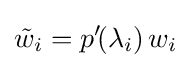
{\tilde {w}}_{i}=p'\!(\lambda _{i})\,w_{i}